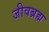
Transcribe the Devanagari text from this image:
जीवब्रह्म